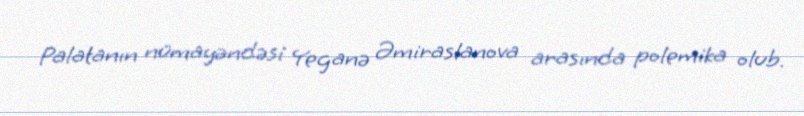
Palatanın nümayəndəsi Yeganə Əmiraslanova arasında polemika olub.